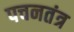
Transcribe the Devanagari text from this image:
पचनतंत्र